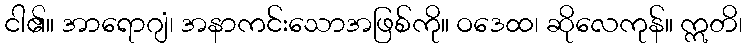
ငါ၏။ အာရောဂျံ၊ အနာကင်းသောအဖြစ်ကို။ ဝဒေထ၊ ဆိုလေကုန်။ ဣတိ၊